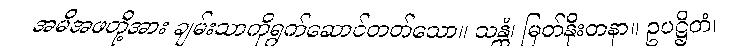
အမိအဖတို့အား ချမ်းသာကိုရွက်ဆောင်တတ်သော။ သန္တံ၊ မြတ်နိုးတနာ။ ဥပဋ္ဌိတံ၊